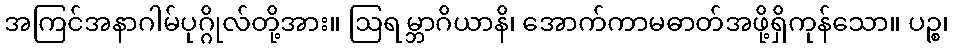
အကြင်အနာဂါမ်ပုဂ္ဂိုလ်တို့အား။ ဩရမ္ဘာဂိယာနိ၊ အောက်ကာမဓာတ်အဖို့ရှိကုန်သော။ ပဉ္စ၊